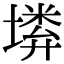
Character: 𡏰